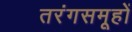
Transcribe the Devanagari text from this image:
तरंगसमूहों